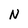
Character: N